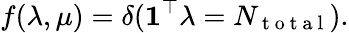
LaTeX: f(\lambda,\mu)=\delta(\mathbf{1}^{\top}\lambda=N_{\mathrm{~t~o~t~a~l~}}).